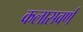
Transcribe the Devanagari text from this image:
कलासवर्ण